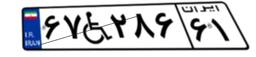
۶۷W۲۸۶۶۱